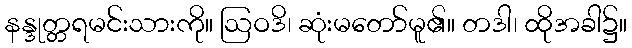
နန္ဒုတ္တရမင်းသားကို။ ဩဝဒိ၊ ဆုံးမတော်မူ၏။ တဒါ၊ ထိုအခါ၌။